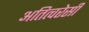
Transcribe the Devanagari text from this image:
अतित्वरेसी